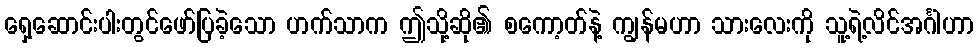
ရှေ့ဆောင်းပါးတွင်ဖော်ပြခဲ့သော ဟက်သာက ဤသို့ဆို၏ စကော့တ်နဲ့ ကျွန်မဟာ သားလေးကို သူ့ရဲ့လိင်အင်္ဂါဟာ